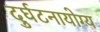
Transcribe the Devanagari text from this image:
दुर्घटनायोग्य